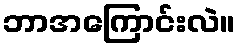
ဘာအကြောင်းလဲ။